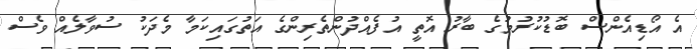
އެ އޯޑިއެންސް ބޮޑުކުރުމުގެ ބާރު އޮތީ އުފެއްދުންތެރިންގެ އަތުގައިކަމާ މެދަކު ސުވާލެއް ވެސް